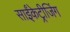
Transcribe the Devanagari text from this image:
साईंकेट्रीजिंग